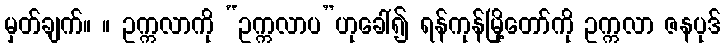
မှတ်ချက်။ ။ ဥက္ကလာကို “ဥက္ကလာပ”ဟုခေါ်၍ ရန်ကုန်မြို့တော်ကို ဥက္ကလာ ဇနပုဒ်